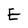
Character: E